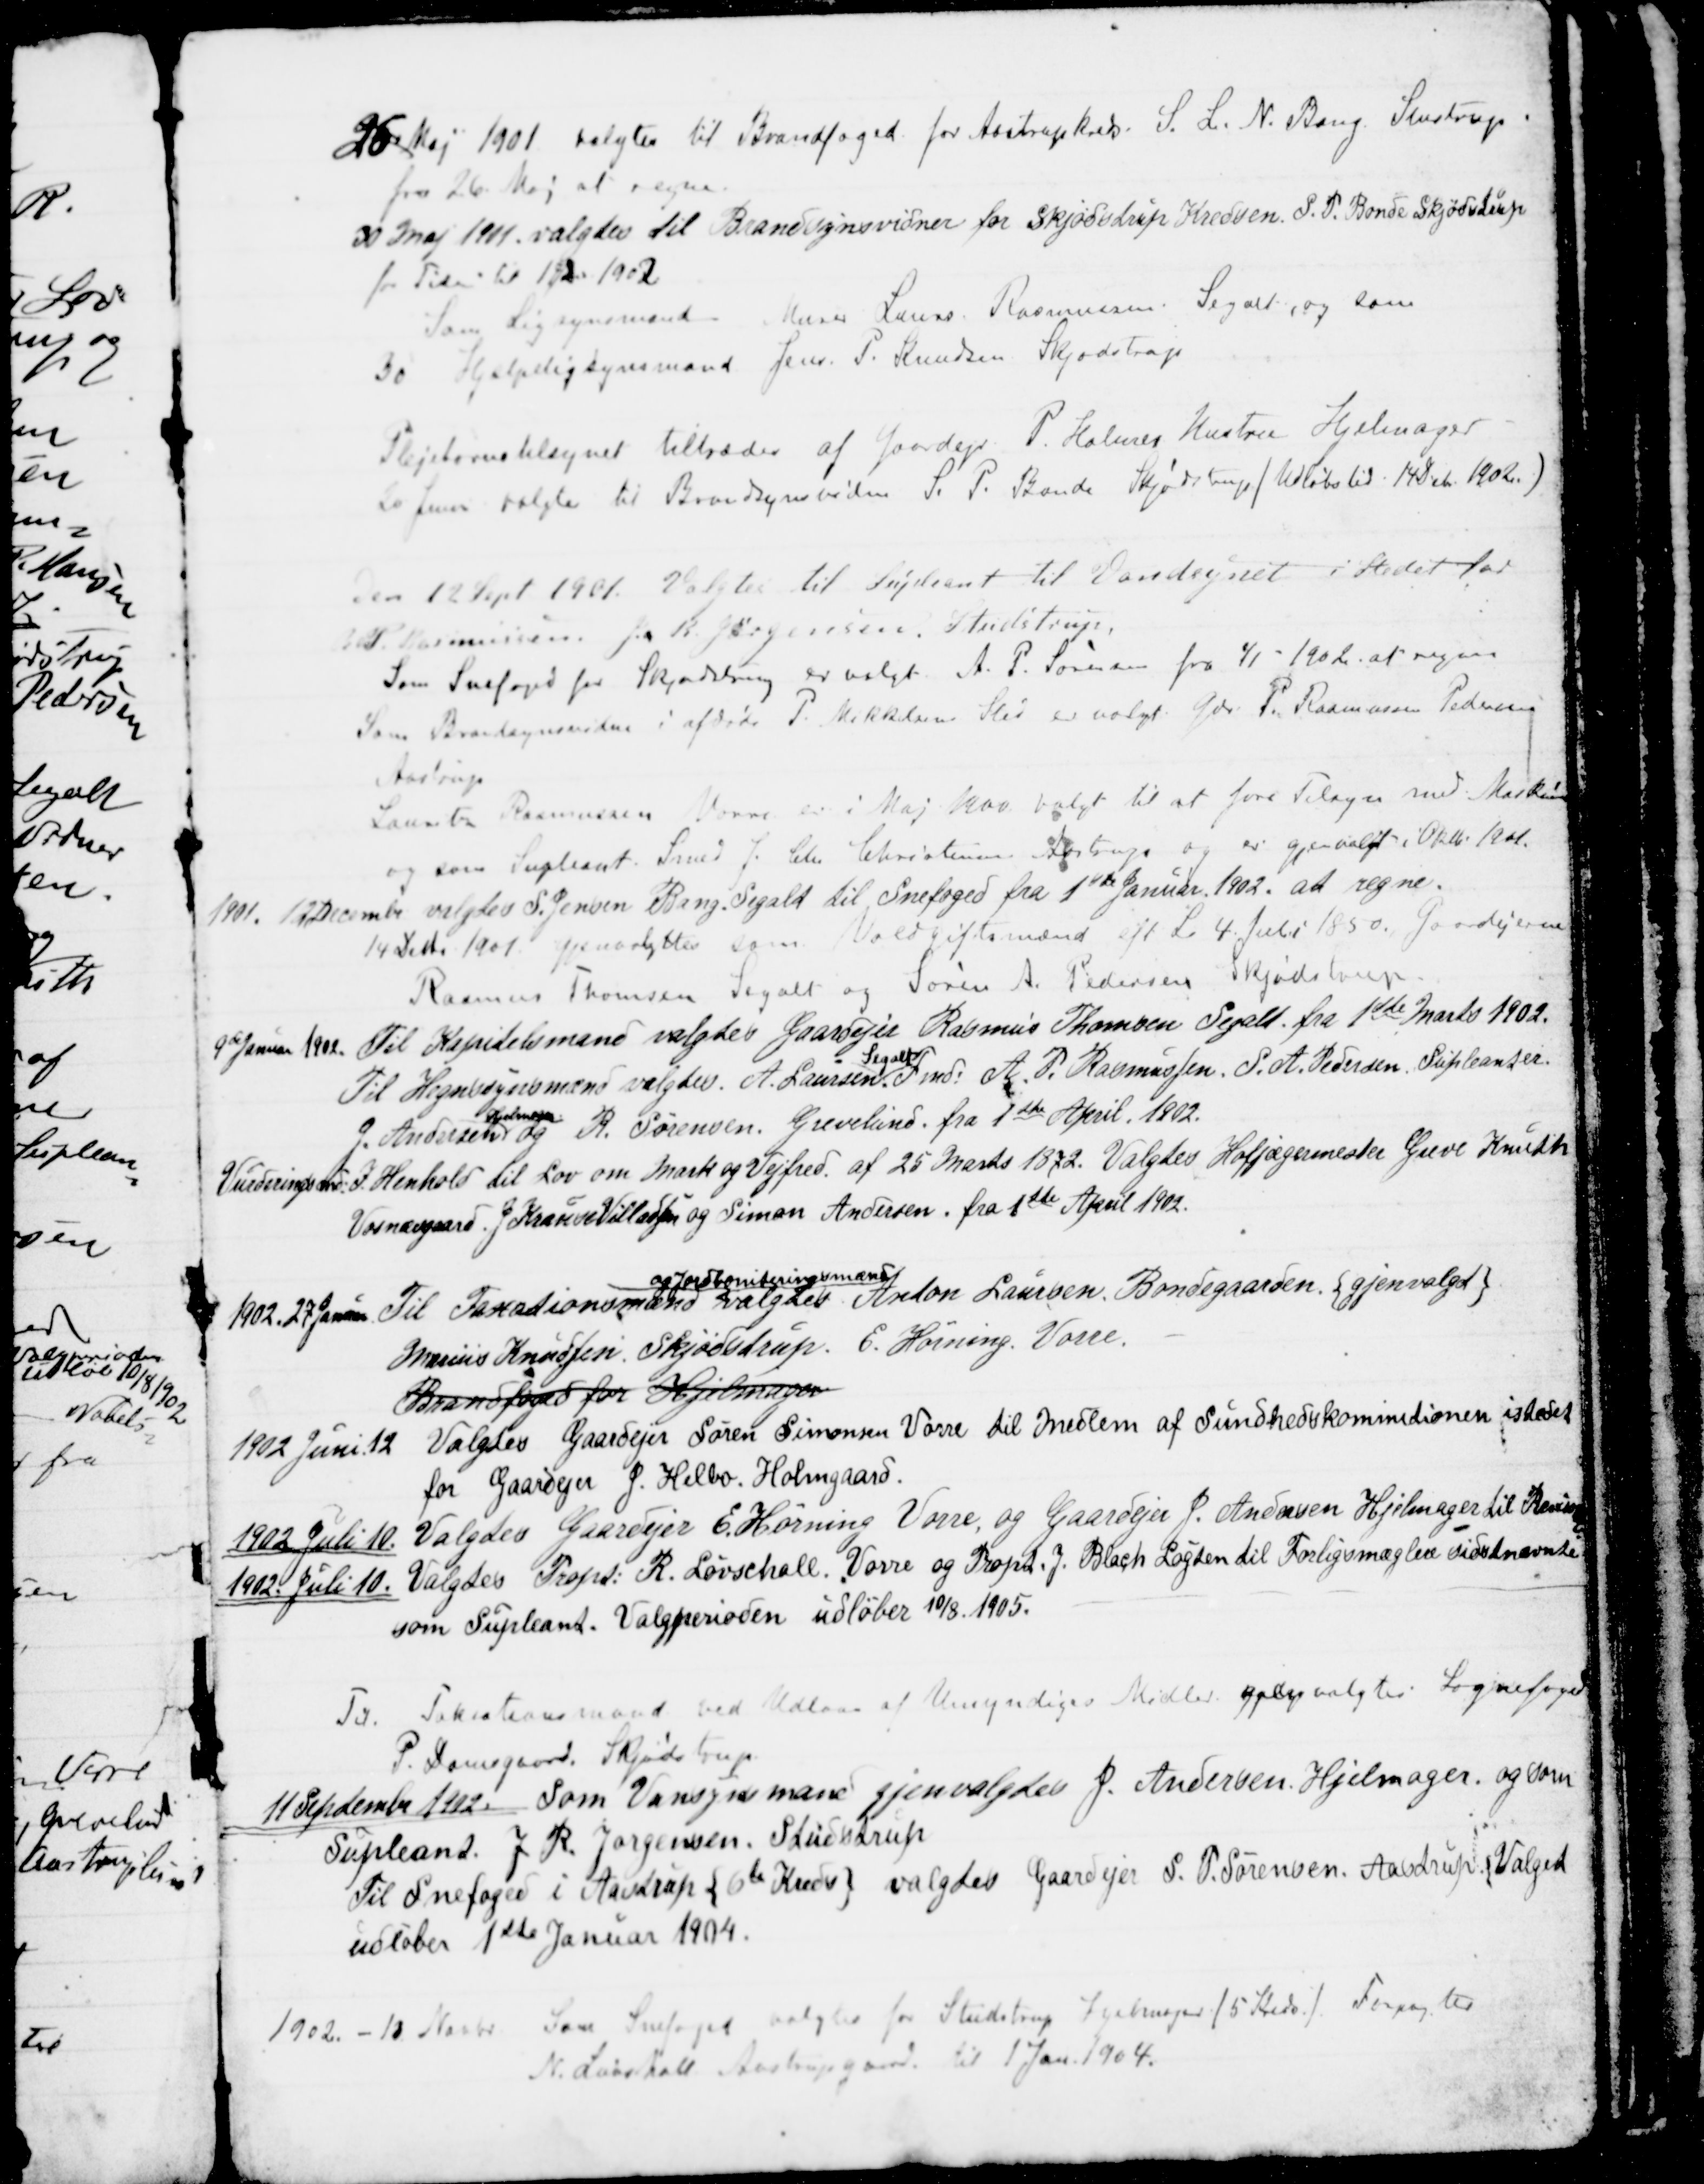
Transskription:
26 Maj 1901 valgtes til Brandfoged for Aastrupkreds. S. L. N. Bang. Studstrup
fra 26 Maj at regne.
30 Maj 1901 valgtes til Brandsynsvidner for Skjødstrup Kredsen. J. P. Bonde Skjødstrup
for Tiden til 1/21902
Som Ligsynsmand Murer Laurs Rasmussen. Segalt, og som
30 Hjælpeligsynsmand Jens P. Knudsen, Skjødstrup
Plejebørnstilsynet tiltrædes af Gaardejer P. Holmes Hustru Hjelmager
20 Juni valgtes til Brandsynsvidne J. P. Bonde Skjødstrup / Udløbstid. 14.8.de 1902)
Den 12 Sept. 1901. Valgtes til Supleant til Vandsynet i Stedet for
A P. Rasmussen J K Jørgensen, Studstrup
Som Snefoged for Skjødstrup er valgt. A. P. Sørensen fra 1/1 - 1902 at regne
Som Brandsynsvidne i afdøde P. Mikkelsens Sted er valgt Gdr. P. Rasmussen Pedersen
Aastrup.
Laurits Rasmussen Vorre er i Maj 1900 valgt til at føre Tilsyn med Maskiner
og som Supleant Smed J. Chr. Christensen, Aastrup og er gjenvalgt i Oktb. 1901.
1901. 12 December valgtes P. Jensen Bang. Segalt til Snefoged fra 1ste Januar 1902. at regne.
14 Decb 1901 gjenvalgtes som Voldgiftsmænd ift L. 4. Juli 1850. Gaardejerne
Rasmus Thomsen Segalt og Søren A. Pedersen Skjødstrup
9de Januar 1902. Til Kapitelsmand valgtes Gaardejer Rasmus Thomsen Segalt fra 1ste Marts 1902.
Til Hegnsynsmænd valgtes. A. Laursen. 
Segalt
Fmd: A. P. Rasmussen S. A. Pedersen, Supleanter.
J. Andersen 
Hjelmager.
og R. Sørensen Grevelund. fra 1ste April 1902.
Vurderingsmd: I Henhold til Lov om Mark og Vejfred af 25 Marts 1872. Valgtes Hofjægermester Greve Knuth
Vosnæsgaard, J. Krause Villadsen og Simon Andersen. fra 1ste April 1902.
1902. 27 Januar Til Taxationsmænd 
og Jordboniteringsmænd
valgtes Anton Laursen, Bondegaarden. {gjenvalgt}
Marius Knudsen, Skjødstrup. E. Hørning. Vorre.
Brandfoged for Hjelmager
1902 Juni 12
Valgtes Gaardejer Søren Simonsen Vorre til Medlem af Sundhedskommitionen istedet
for Gaardejer J. Helbo. Holmgaard.
1902 Juli 10.
Valgtes Gaardejer E. Hørning Vorre, og Gaardejer J. Andersen Hjelmager til Revisorer
1902. Juli 10.
Valgtes Propt. R. Løvschall, Vorre og Propt. J. Blach Løgten til Forligsmæglere sidstnævnte
som Supleant. Valgperioden udløber 10/8 1905.
Til. Taxationsmand ved Udlaan af Umyndiges Midler gjenvalgtes Sognefoged
P. Damsgaard. Skjødstrup
11 September 1902. Som Vansynsmand gjenvalgtes J. Andersen Hjelmager. og som
Supleant. J. R. Jørgensen, Studstrup
Til Snefoged i Aastrup { 6te Kreds} valgtes Gaardejer S. P. Sørensen. Aastrup, Valget
udløber 1ste Januar 1904.
1902. - 18 Novbr. Som Snefoged valgtes for Studstrup Hjelmager /5 Kreds./. Forpagter
N. Løvschall Aastrupgaard til 1 Jan. 1904.